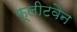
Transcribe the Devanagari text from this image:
फ्लीटवैन